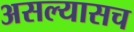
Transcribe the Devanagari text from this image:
असल्यासच